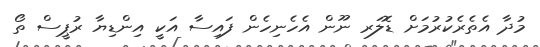
މުދާ އެތެރެކުރުމަށް ޑޮލަރ ނޫން އެހެނިހެން ފައިސާ އަކީ އިންޑިޔާ ރުޕީސް ތޯ